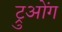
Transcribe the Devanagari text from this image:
ट्रुओंग